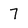
Character: 7